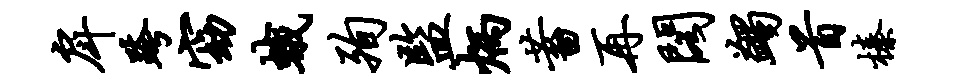
戽跨窈蛾殉监炳蓄再阁蠲首榛